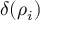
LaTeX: \delta ( \rho _ { i } )